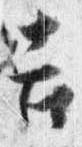
吉